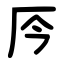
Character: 㕂